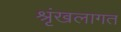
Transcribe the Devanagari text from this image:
श्रृंखलागत